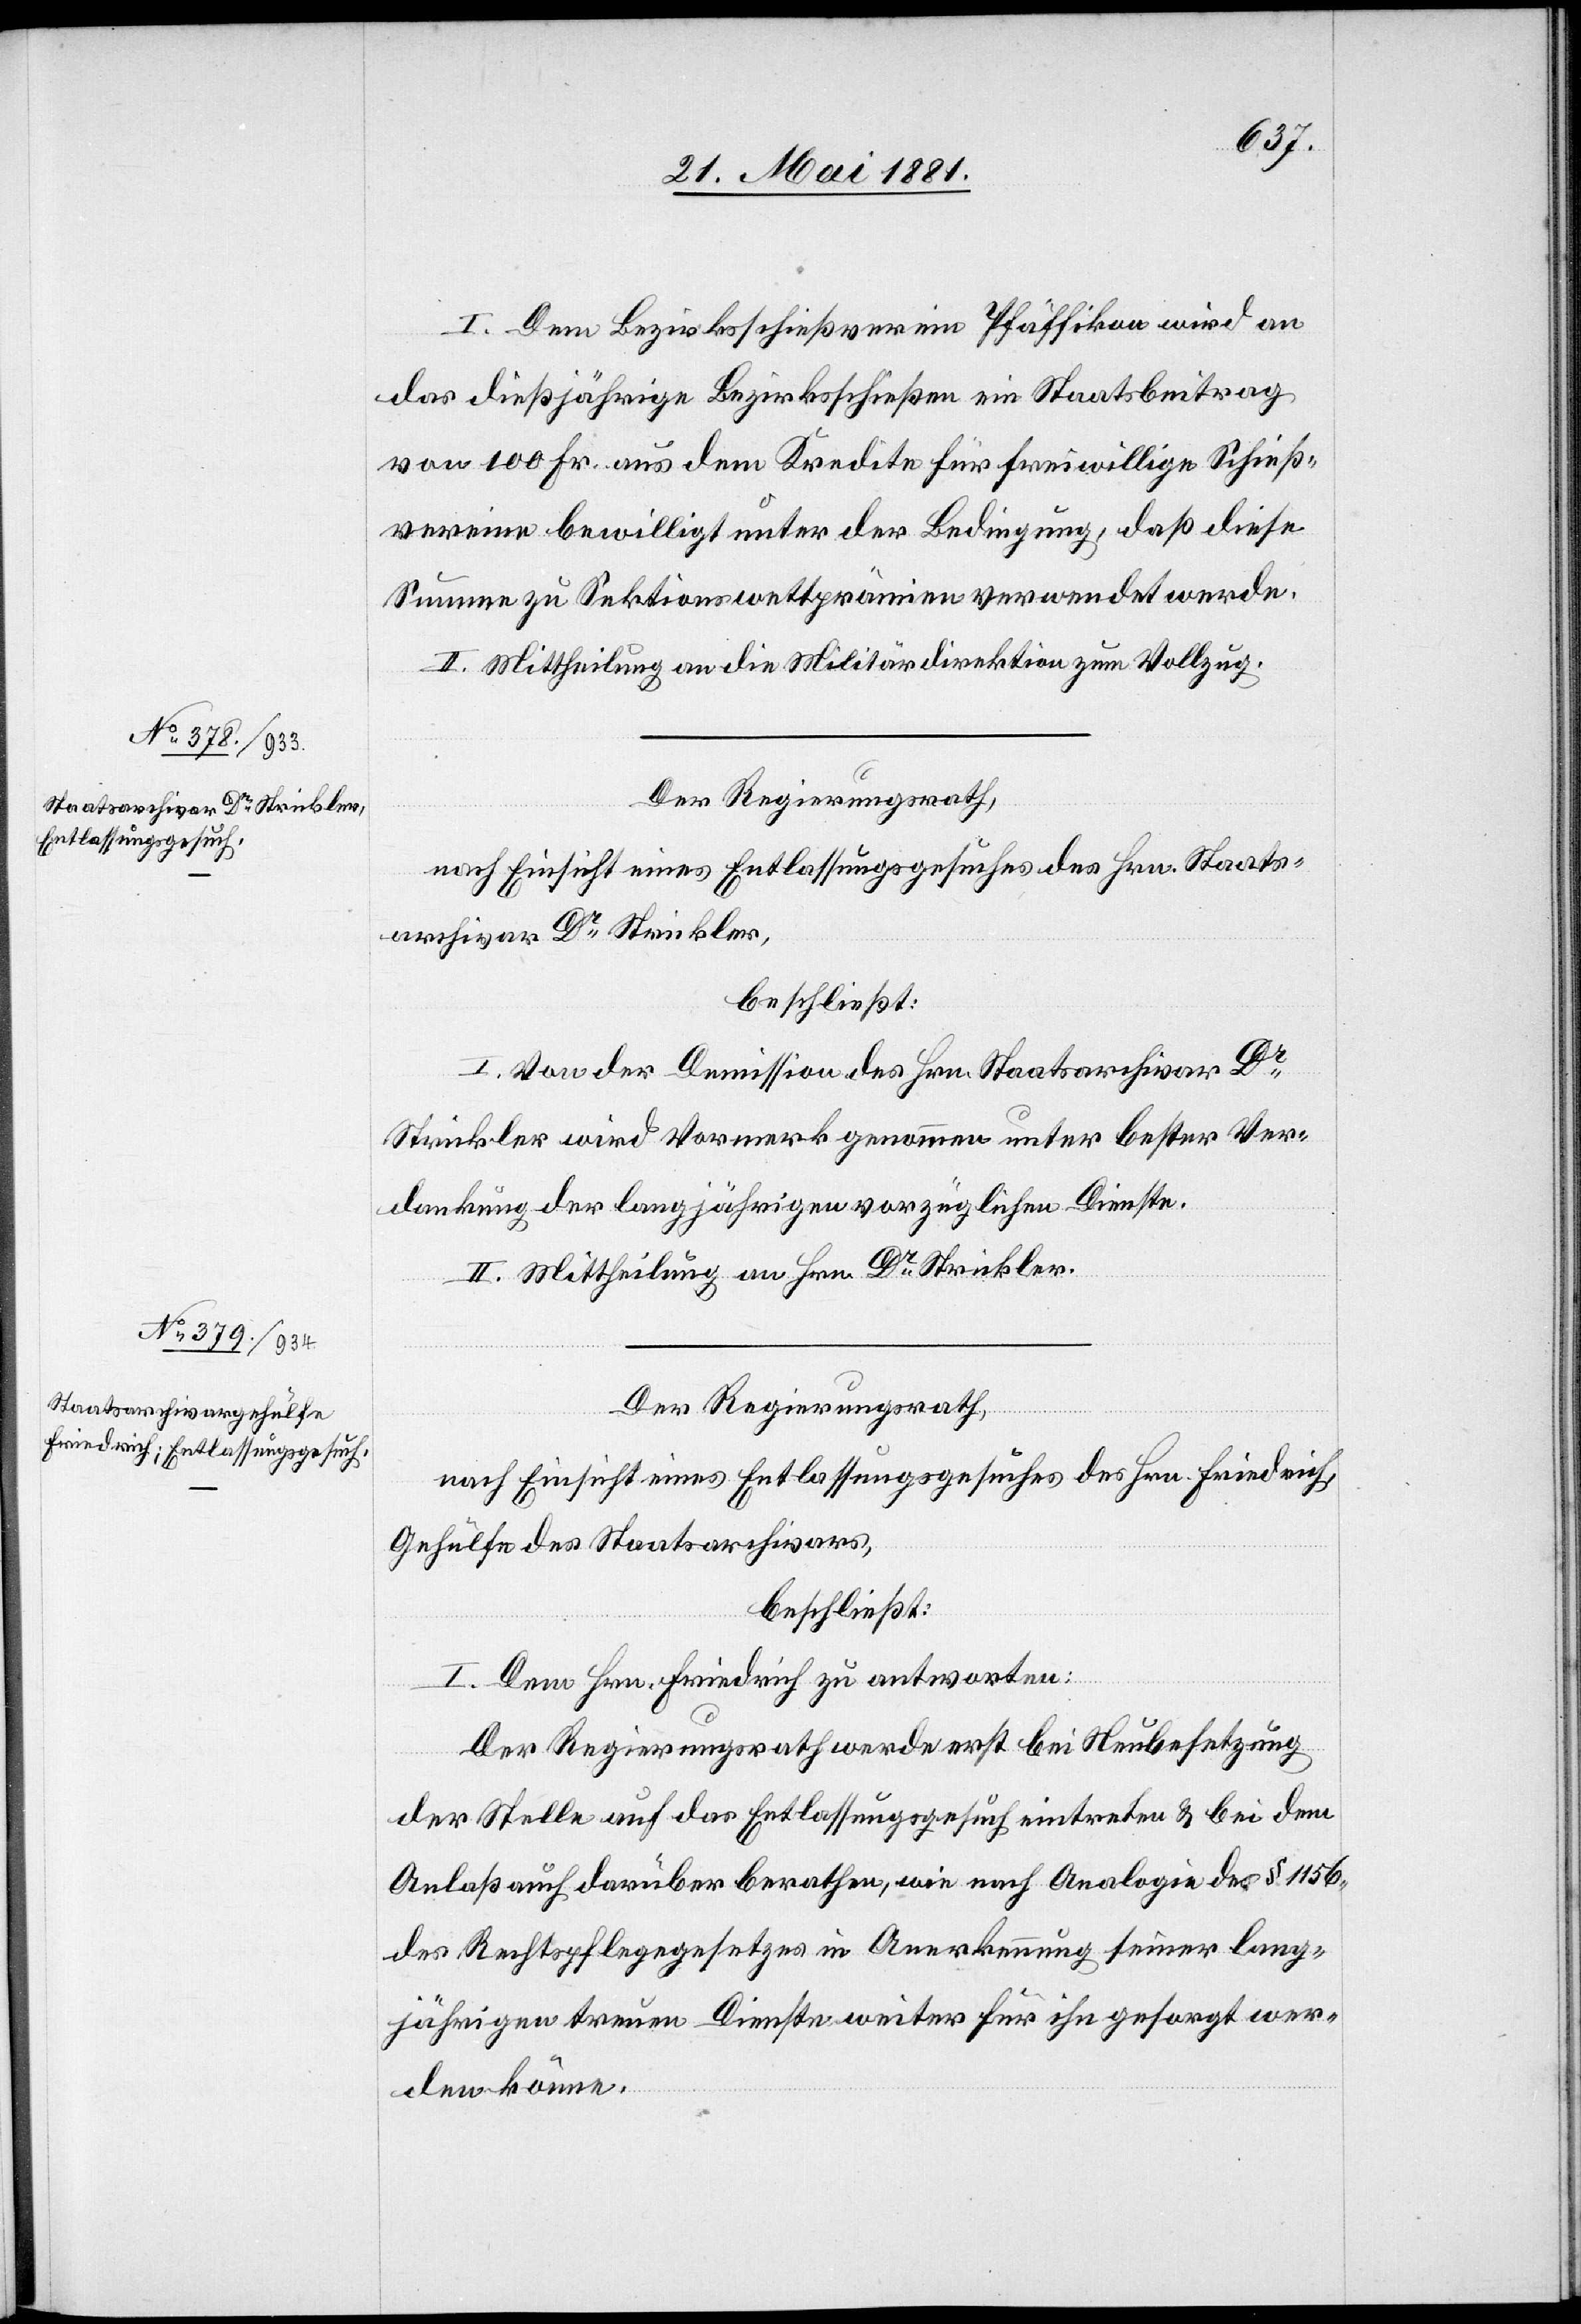
I. Dem Bezirksschießverein Pfäffikon wird an
das dießjährige Bezirksschießen ein Staatsbeitrag
von 100 Fr. aus dem Kredite für freiwillige Schieß¬
vereine bewilligt unter der Bedingung, daß diese
Summe zu Sektionswettprämien verwendet werde.
II. Mittheilung an die Militärdirektion zum Vollzug.
Der Regierungsrath,
nach Einsicht eines Entlassungsgesuches des Hrn. Staats¬
archivar Dr Strickler,
beschließt:
I. Von der Demission des Hrn. Staatsarchivar Dr
Strickler wird Vormerk genommen unter bester Ver¬
dankung der langjährigen vorzüglichen Dienste.
II. Mittheilung an Hrn. Dr Strickler.
Der Regierungsrath,
nach Einsicht eines Entlassungsgesuches des Hrn. Friedrich,
Gehülfe des Staatsarchivars,
beschließt:
I. Dem Hrn. Friedrich zu antworten:
Der Regierungsrath werde erst bei Neubesetzung
der Stelle auf das Entlassungsgesuch eintreten & bei dem
Anlaß auch darüber berathen, wie nach Analogie des § 1156
des Rechtspflegegesetzes in Anerkennung seiner lang¬
jährigen treuen Dienste weiter für ihn gesorgt wer¬
den könne.